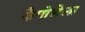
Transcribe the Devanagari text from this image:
कैपोसेला